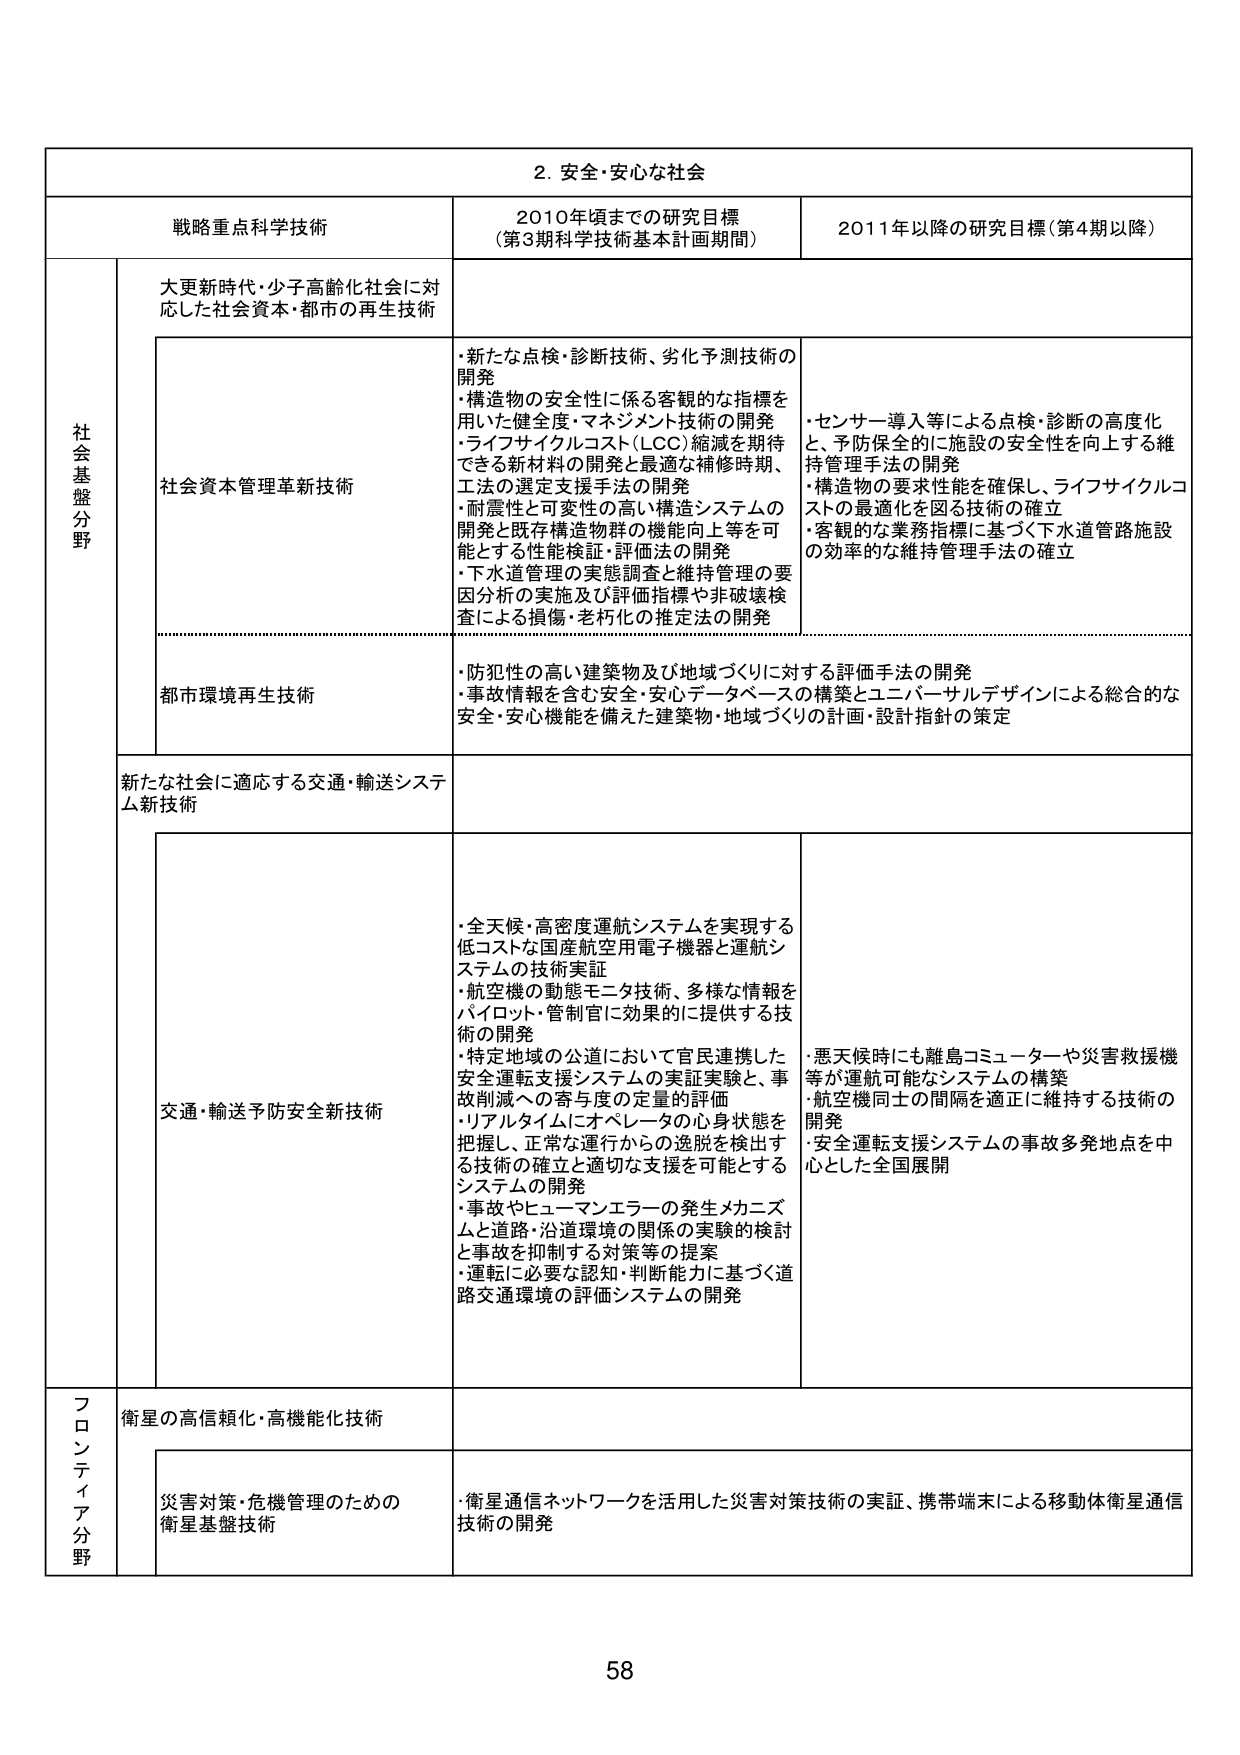
2. 安全・安心な社会

戦略重点科学技術 2010年頃までの研究目標 （第3期科学技術基本計画期間） 2011年以降の研究目標（第4期以降）

社会基盤分野 大更新時代・少子高齢化社会に対応した社会資本・都市の再生技術

社会資本管理革新技術
・新たな点検・診断技術、劣化予測技術の開発
・構造物の安全性に係る客観的な指標を用いた健全度・マネジメント技術の開発
・ライフサイクルコスト（LCC）縮減を期待できる新材料の開発と最適な補修時期、工法の選定支援手法の開発
・耐震性と可変性の高い構造システムの開発と既存構造物群の機能向上等を可能とする性能検証・評価法の開発
・下水道管理の実態調査と維持管理の要因分析の実施及び評価指標や非破壊検査による損傷・老朽化の推定法の開発

・センサー導入等による点検・診断の高度化と、予防保全的に施設の安全性を向上する維持管理手法の開発
・構造物の要求性能を確保し、ライフサイクルコストの最適化を図る技術の確立
・客観的な業務指標に基づく下水道管路施設の効率的な維持管理手法の確立

都市環境再生技術
・防犯性の高い建築物及び地域づくりに対する評価手法の開発
・事故情報を含む安全・安心データベースの構築とユニバーサルデザインによる総合的な安全・安心機能を備えた建築物・地域づくりの計画・設計指針の策定

新たな社会に適応する交通・輸送システム新技術

交通・輸送予防安全新技術
・全天候・高密度運航システムを実現する低コストな国産航空用電子機器と運航システムの技術実証
・航空機の動態モニタ技術、多様な情報をパイロット・管制官に効果的に提供する技術の開発
・特定地域の公道において官民連携した安全運転支援システムの実証実験と、事故削減への寄与度の定量的評価
・リアルタイムにオペレータの心身状態を把握し、正常な運行からの逸脱を検出する技術の確立と適切な支援を可能とするシステムの開発
・事故やヒューマンエラーの発生メカニズムと道路・沿道環境の関係の実験的検討と事故を抑制する対策等の提案
・運転に必要な認知・判断能力に基づく道路交通環境の評価システムの開発

・悪天候時にも離島コミューターや災害救援機等が運航可能なシステムの構築
・航空機同士の間隔を適正に維持する技術の開発
・安全運転支援システムの事故多発地点を中心とした全国展開

フロンティア分野 衛星の高信頼化・高機能化技術

災害対策・危機管理のための衛星基盤技術
・衛星通信ネットワークを活用した災害対策技術の実証、携帯端末による移動体衛星通信技術の開発

58